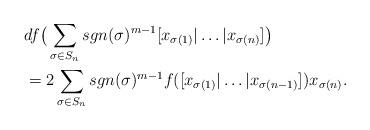
LaTeX: \begin{align*}& df \big( \sum_{\sigma \in S_n} sgn(\sigma)^{m - 1} [x_{\sigma(1)} | \dots | x_{\sigma(n)}] \big) \\& = 2 \sum_{\sigma \in S_n} sgn(\sigma)^{m - 1} f( [x_{\sigma(1)} | \dots | x_{ \sigma(n-1)} ] ) x_{\sigma(n)}.\end{align*}